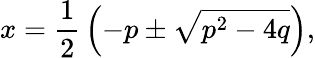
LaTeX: x={\frac{1}{2}}\left(-p\pm{\sqrt{p^{2}-4q}}\right),